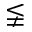
\lneqq